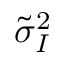
\tilde { \sigma } _ { I } ^ { 2 }